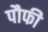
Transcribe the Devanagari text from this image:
पौफी